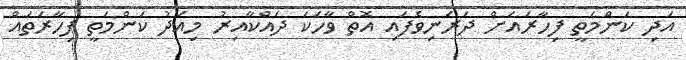
އަދި ކަންމަތީ ފިހާރައަށް ދަރަނިވެފައި އޮތް ވާހަކަ ދައްކާއިރު މިއަދު ކަންމަތީ ފިހާރަތައް